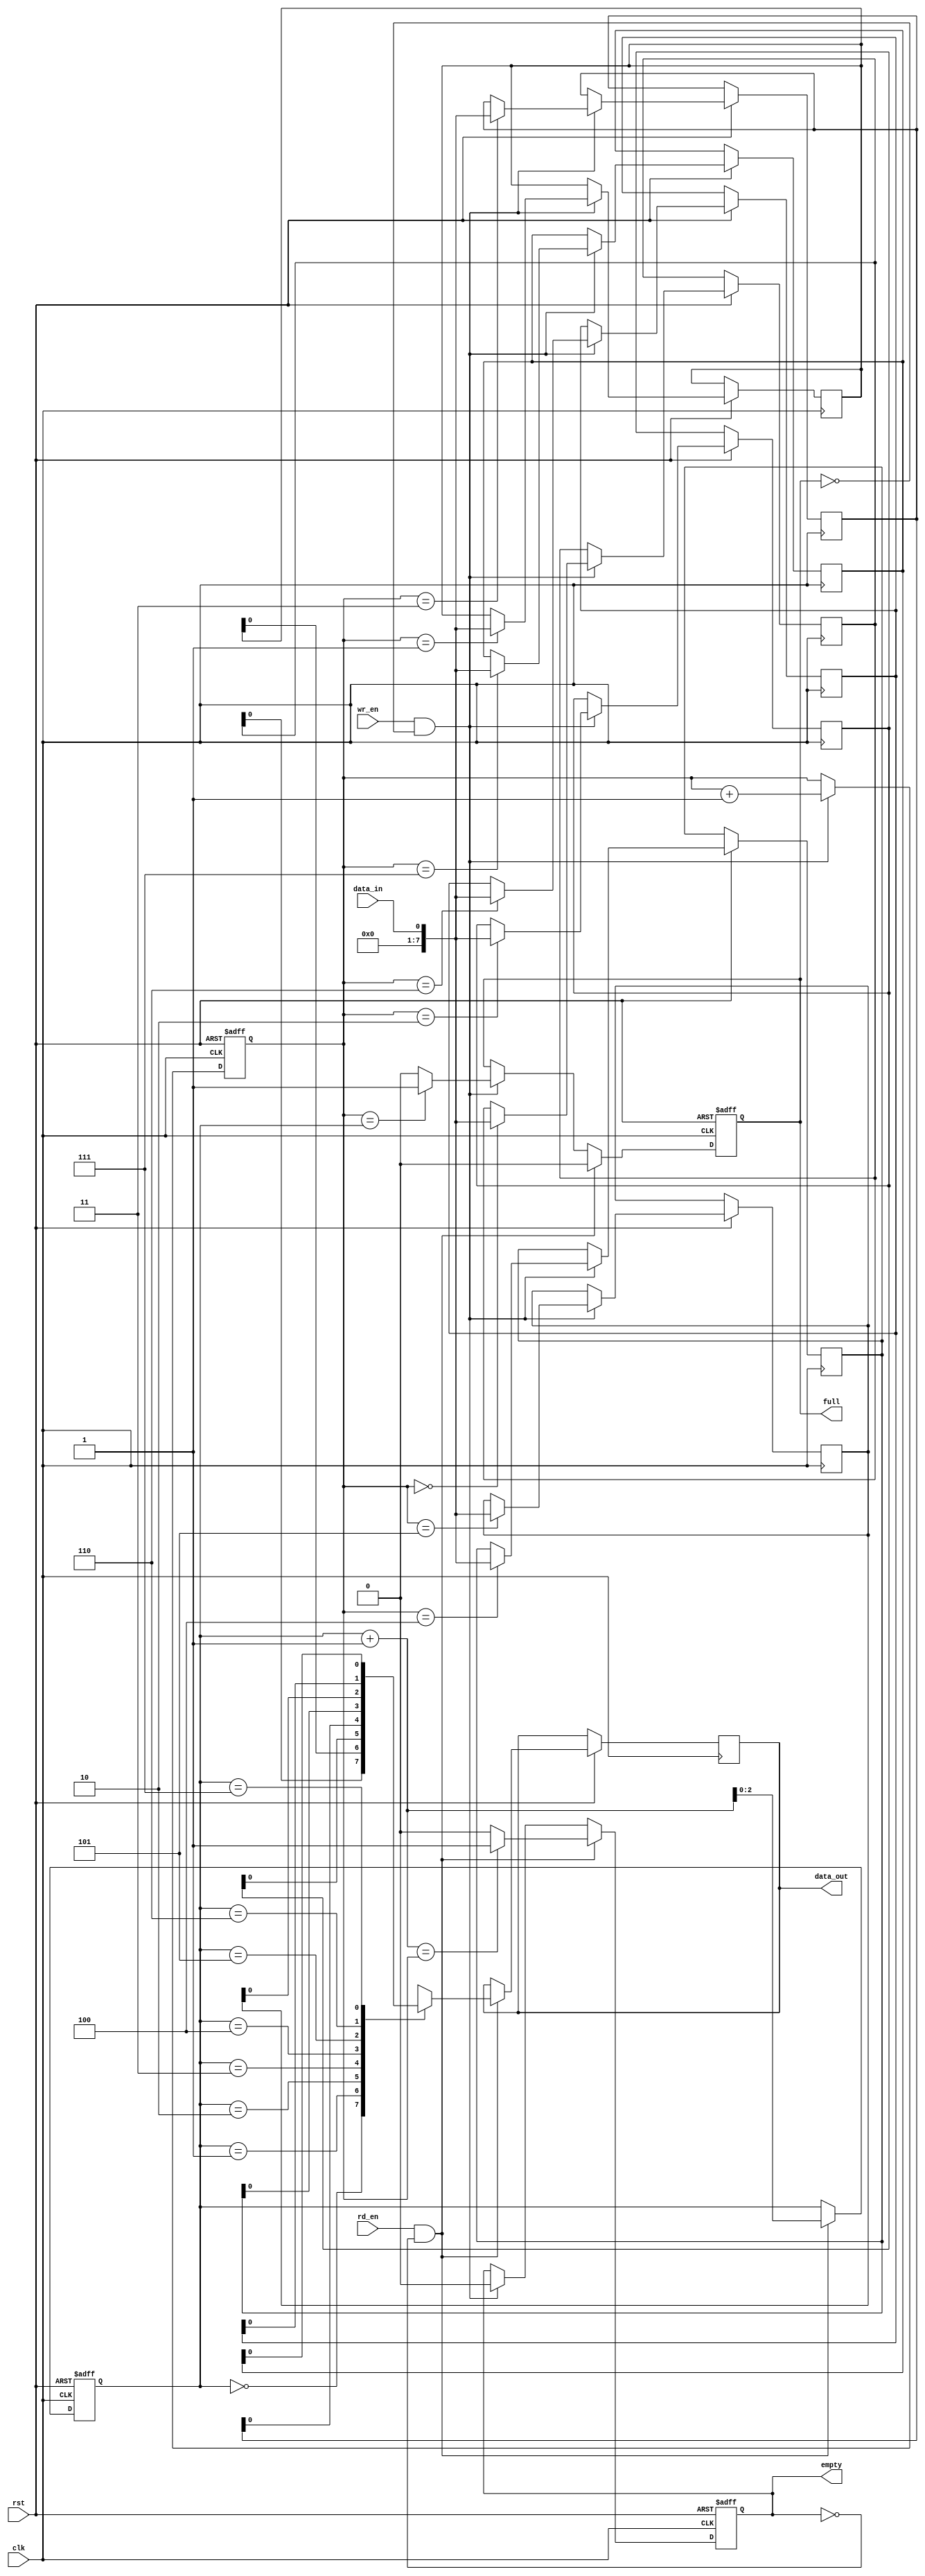
module fifo_buffer (
    input wire clk,
    input wire rst,
    input wire wr_en,
    input wire rd_en,
    input wire data_in,
    output reg data_out,
    output reg full,
    output reg empty
);

reg [7:0] fifo [0:7];
reg [2:0] wr_ptr;
reg [2:0] rd_ptr;

always @(posedge clk or negedge rst) begin
    if (rst == 1'b0) begin
        wr_ptr <= 3'b0;
        rd_ptr <= 3'b0;
        full <= 1'b0;
        empty <= 1'b1;
    end else begin
        if (wr_en && ~full) begin
            fifo[wr_ptr] <= data_in;
            wr_ptr <= wr_ptr + 1;
            full <= (wr_ptr == rd_ptr) ? 1'b1 : 1'b0;
            empty <= 1'b0;
        end
        if (rd_en && ~empty) begin
            data_out <= fifo[rd_ptr];
            rd_ptr <= rd_ptr + 1;
            full <= 1'b0;
            empty <= (rd_ptr + 1 == wr_ptr) ? 1'b1 : 1'b0;
        end
    end
end

endmodule